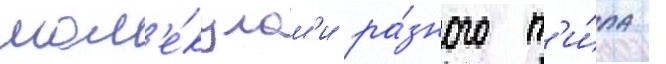
мол'е́кулам'и ра́зного т'и́па -